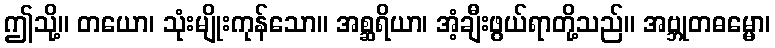
ဤသို့။ တယော၊ သုံးမျိုးကုန်သော။ အစ္ဆရိယာ၊ အံ့ချီးဖွယ်ရာတို့သည်။ အဗ္ဘုတဓမ္မော၊